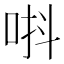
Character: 唞